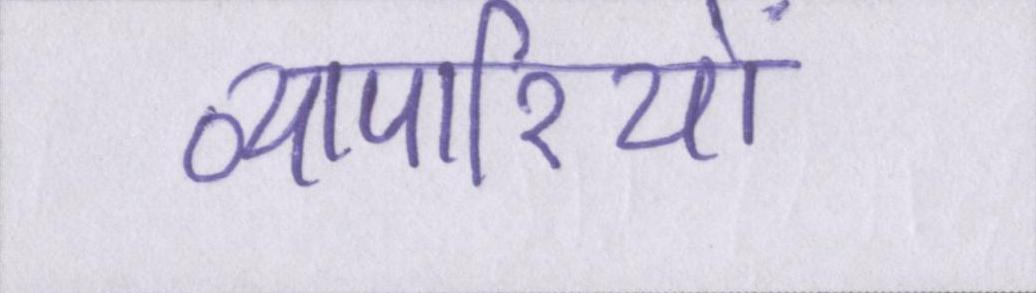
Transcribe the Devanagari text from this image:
व्यापारियों